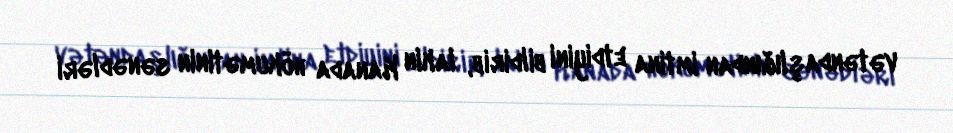
vətəndaşlığından imtina etdiyini bildirib, lakin Kanada hökumətinin sənədləri